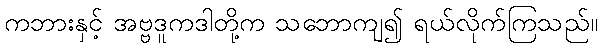
ကဘားနှင့် အဗ္ဗဒူကဒါတို့က သဘောကျ၍ ရယ်လိုက်ကြသည်။